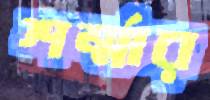
শর্ম্মার